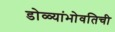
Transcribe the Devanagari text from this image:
डोळ्यांभोवतिची